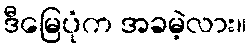
ဒီမြေပုံက အခမဲ့လား။